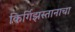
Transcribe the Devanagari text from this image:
किर्गिझस्तानाचा